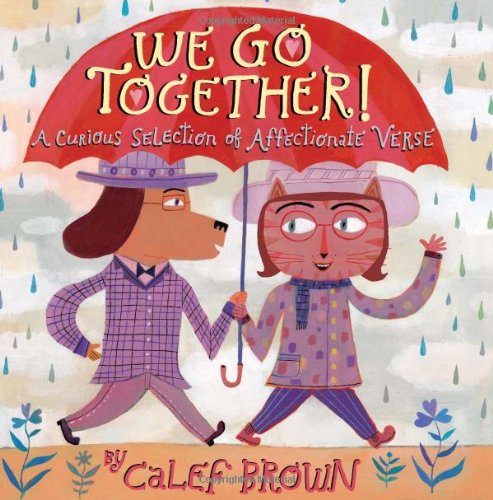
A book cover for We Go Together!: A Curious Selection of Affectionate Verse; Calef Brown; Children's Books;